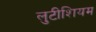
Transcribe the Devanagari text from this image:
लुटीशियम